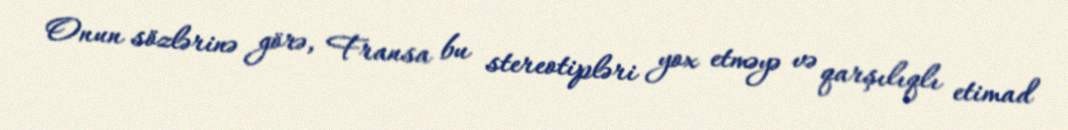
Onun sözlərinə görə, Fransa bu stereotipləri yox etməyə və qarşılıqlı etimad